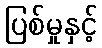
ပြစ်မှုနှင့်